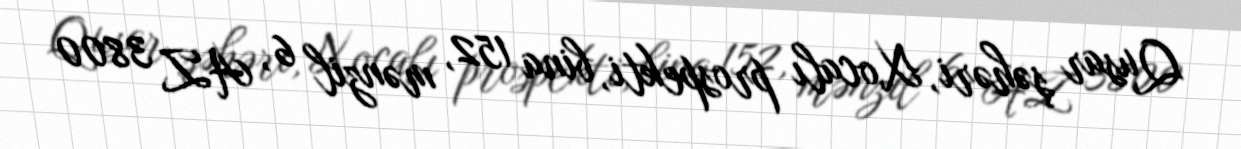
Qusar şəhəri, Xocalı prospekti, bina 152, mənzil 6, AZ 3800